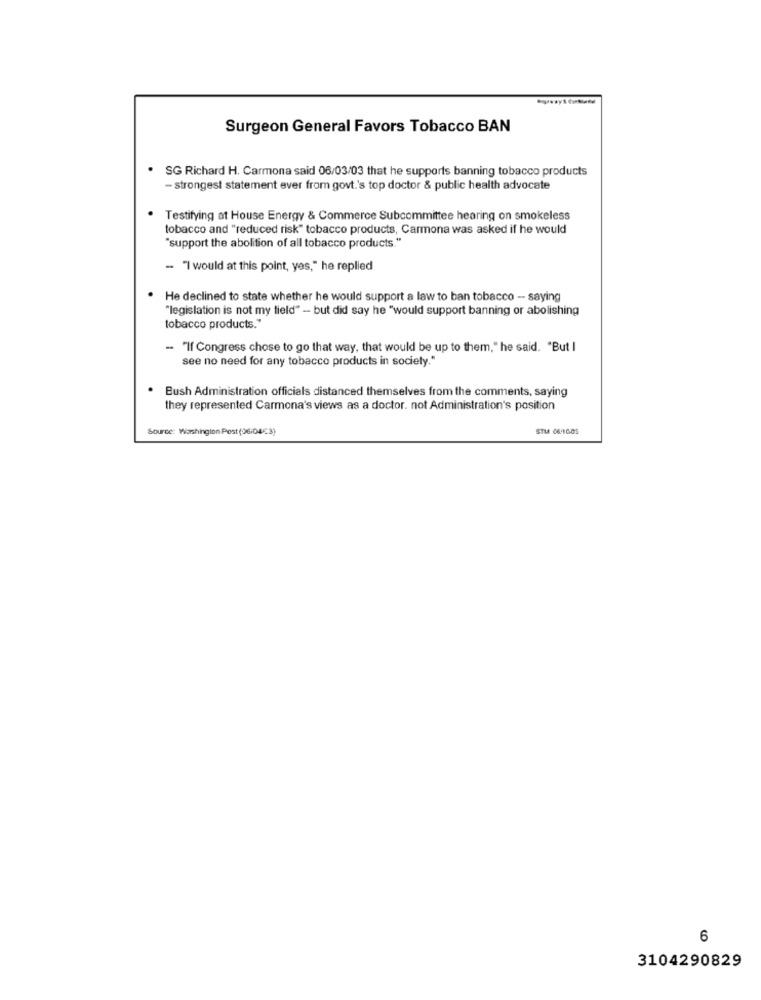
Surgeon General Favors Tobacco BAN
SG Richard H. Carmona said 06/03/03 that he supports banning tobacco products
- strongest statement ever from govt.'s top doctor & public health advocate
Testifying at House Energy & Commerce Subcommittee hearing on smokeless
tobacco and "reduced risk" tobacco products, Carmona was asked if he would
"support the abolition of all tobacco products."
- "I would at this point, yes," he replied
He declined to state whether he would support a law to ban tobacco -- saying
"legislation is not my field" - but did say he "would support banning or abolishing
tobacco products."
- "If Congress chose to go that way, that would be up to them," he said. "But I
see no need for any tobacco products in society."
Bush Administration officials distanced themselves from the comments, saying
they represented Carmona's views as a doctor. not Administration's position
Source: Washington Post (36/04€3)
6
3104290829